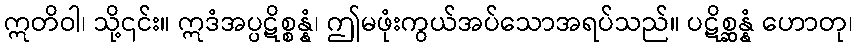
ဣတိဝါ၊ သို့၎င်း။ ဣဒံအပ္ပဋိစ္စန္နံ၊ ဤမဖုံးကွယ်အပ်သောအရပ်သည်။ ပဋိစ္ဆန္နံ ဟောတု၊